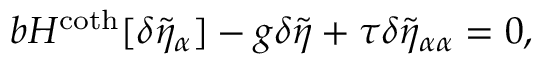
b H ^ { \coth } [ \delta \tilde { \eta } _ { \alpha } ] - g \delta { \tilde { \eta } } + \tau \delta \tilde { \eta } _ { \alpha \alpha } = 0 ,